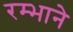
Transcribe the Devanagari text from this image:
रम्भाने